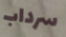
سرداب